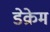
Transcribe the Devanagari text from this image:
डेक्रेम